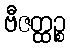
ဗီဇတ္ထဉ္စ